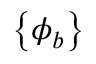
\left\{ \phi _ { b } \right\}